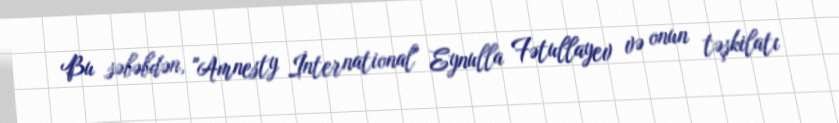
Bu səbəbdən, "Amnesty İnternational" Eynulla Fətullayev və onun təşkilatı